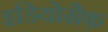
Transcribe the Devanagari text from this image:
इडियोग्रैफ़